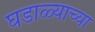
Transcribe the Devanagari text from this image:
घडाळ्याच्या